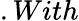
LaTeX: .With